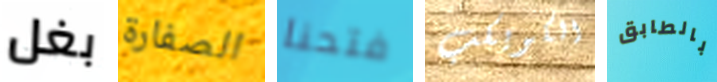
بغل الصفارة فتحنا الكويكب بالطابق